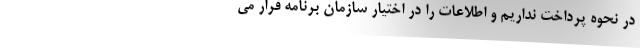
در نحوه پرداخت نداریم و اطلاعات را در اختیار سازمان برنامه قرار می